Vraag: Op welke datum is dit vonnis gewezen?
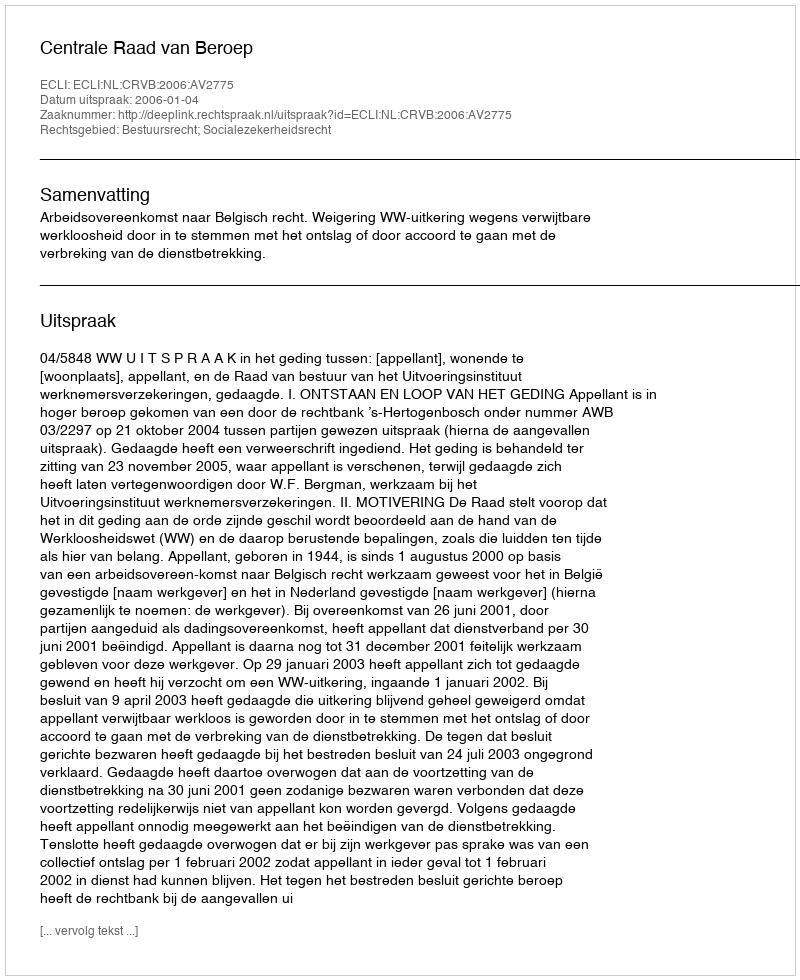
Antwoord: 2006-01-04